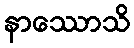
နာဿောသိ